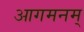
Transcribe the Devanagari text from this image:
आगमनम्